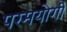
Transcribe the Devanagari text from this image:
परमयोगी